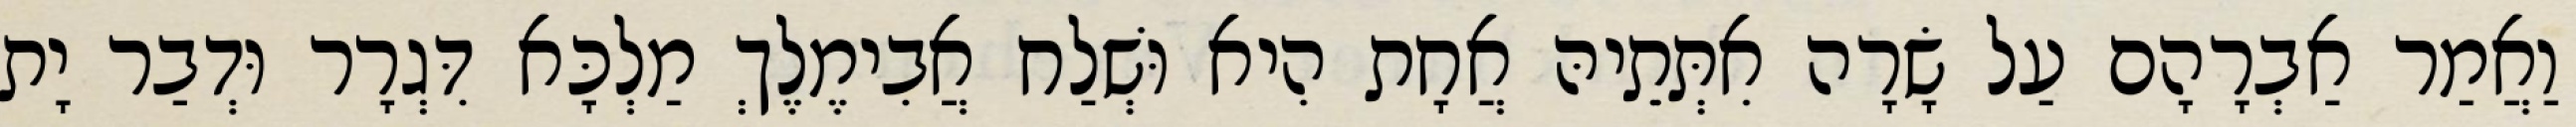
וַאֲמַר אַבְרָהָם עַל שָׂרָה אִתְּתֵיהּ אֲחָת הִיא וּשְׁלַח אֲבִימֶלֶךְ מַלְכָּא דִּגְרָר וּדְבַר יָת